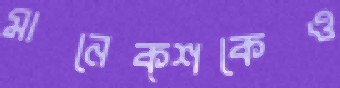
মানেক্শকেও